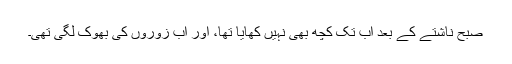
صبح ناشتے کے بعد اب تک کچھ بھی نہیں کھایا تھا، اور اب زوروں کی بھوک لگی تھی۔